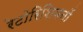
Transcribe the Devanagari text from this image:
रेटोरिशियनों